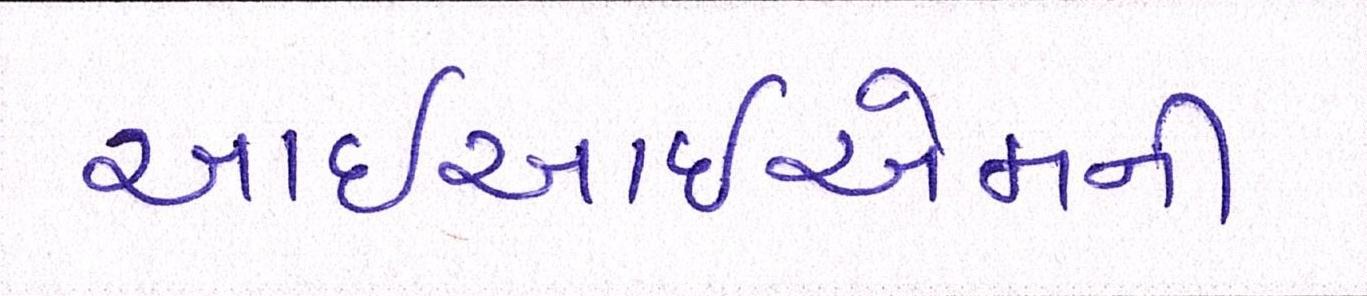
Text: આઇઆઇએમની